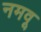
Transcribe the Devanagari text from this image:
नमवू